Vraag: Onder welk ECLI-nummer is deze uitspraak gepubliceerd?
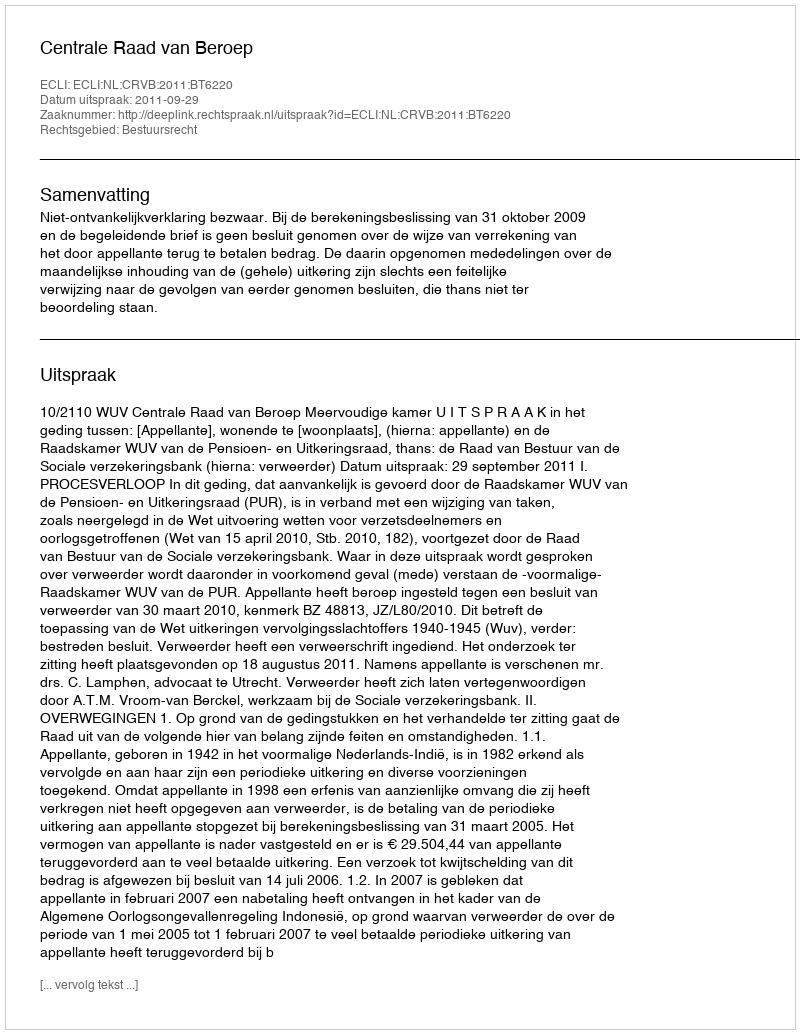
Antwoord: ECLI:NL:CRVB:2011:BT6220